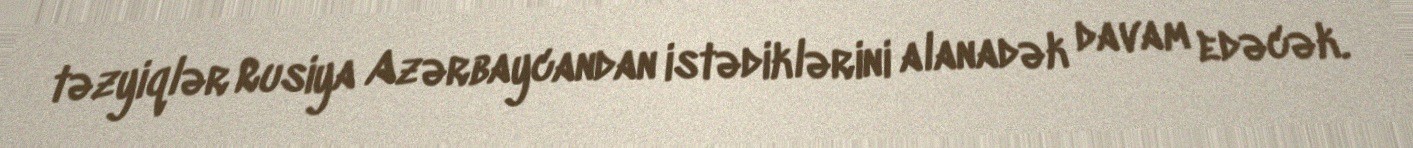
təzyiqlər Rusiya Azərbaycandan istədiklərini alanadək davam edəcək.